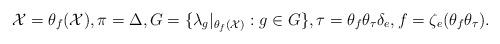
LaTeX: \begin{align*}\mathcal{X}= \theta_f(\mathcal{X}), \pi=\Delta, G=\{\lambda _g|{_{\theta_f(\mathcal{X})}}: g \in G\}, \tau=\theta_f \theta_\tau \delta_e, f=\zeta_e(\theta_f\theta_\tau).\end{align*}